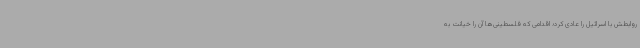
روابطش با اسرائیل را عادی کرد؛ اقدامی که فلسطینی‌ها آن را خیانت به